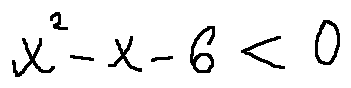
x ^ { 2 } - x - 6 < 0